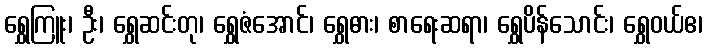
ရွှေကြူး၊ ဦး၊ ရွှေဆင်းတု၊ ရွှေဇံအောင်၊ ရွှေဓား၊ စာရေးဆရာ၊ ရွှေပိန်သောင်း၊ ရွှေဝယ်ဧ၊